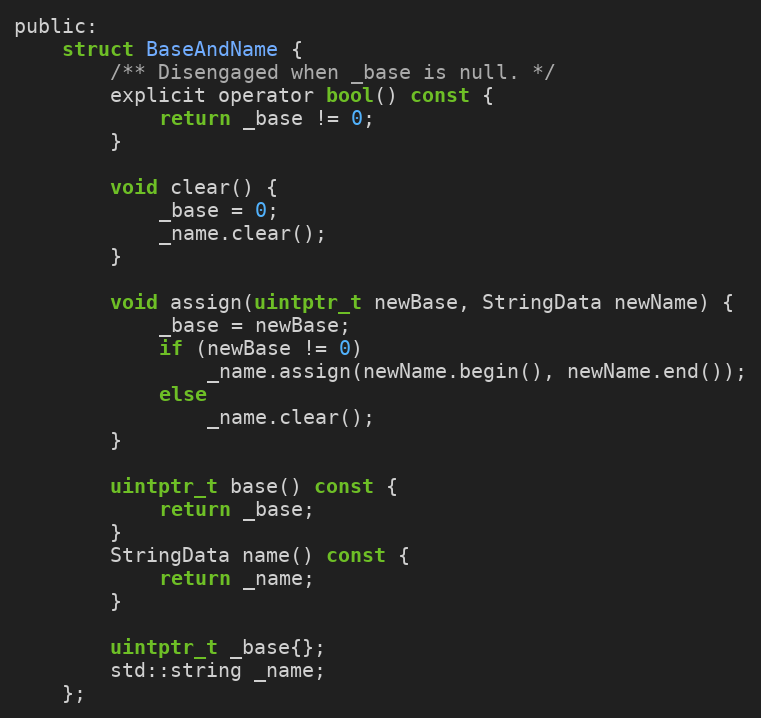
Language: C
public:
    struct BaseAndName {
        /** Disengaged when _base is null. */
        explicit operator bool() const {
            return _base != 0;
        }

        void clear() {
            _base = 0;
            _name.clear();
        }

        void assign(uintptr_t newBase, StringData newName) {
            _base = newBase;
            if (newBase != 0)
                _name.assign(newName.begin(), newName.end());
            else
                _name.clear();
        }

        uintptr_t base() const {
            return _base;
        }
        StringData name() const {
            return _name;
        }

        uintptr_t _base{};
        std::string _name;
    };